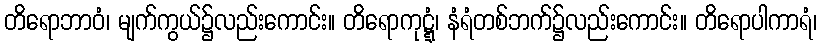
တိရောဘာဝံ၊ မျက်ကွယ်၌လည်းကောင်း။ တိရောကုဋ္ဋံ၊ နံရံတစ်ဘက်၌လည်းကောင်း။ တိရောပါကာရံ၊